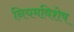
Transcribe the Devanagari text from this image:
नियमविशेष